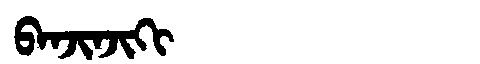
Manchu: ᠪᠠᠨᠵᡳᠨᠵᡳᡴᡳ
Romanization: BANJINJIKI